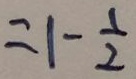
= 1 - \frac { 1 } { 2 }